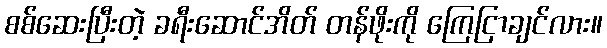
စစ်ဆေးပြီးတဲ့ ခရီးဆောင်အိတ် တန်ဖိုးကို ကြေငြာချင်လား။